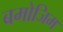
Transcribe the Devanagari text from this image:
बमोजिम